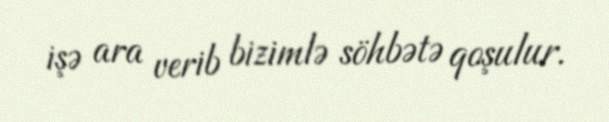
işə ara verib bizimlə söhbətə qoşulur.